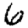
Digit: 6